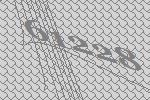
61228